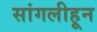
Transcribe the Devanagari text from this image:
सांगलीहून